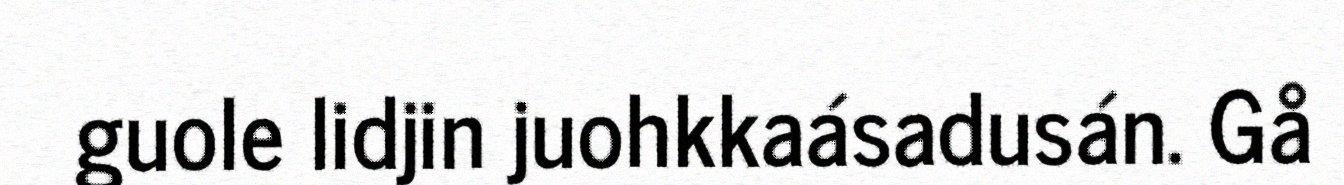
guole lidjin juohkkaásadusán. Gå